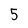
Character: 5